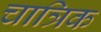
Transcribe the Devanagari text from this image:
चात्रिक